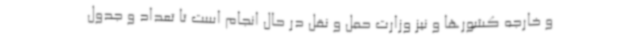
و خارجه کشورها و نیز وزارت حمل و نقل در حال انجام است تا تعداد و جدول